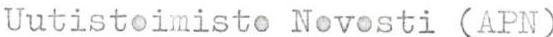
Uutistoimisto Novosti (APN)